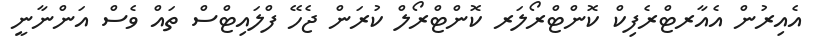
އެއިރުން އެއާރޓްރެފިކް ކޮންޓްރޯލަރ ކޮންޓްރޯލް ކުރަން ޖެހޭ ފްލައިޓްސް ތައް ވެސް އަންނާނީ